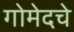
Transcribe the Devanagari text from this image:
गोमेदचे